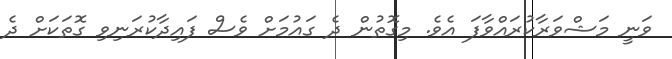
ވަނީ މަޝްވަރާކުރައްވާފަ އެވެ. މިގޮތުން ދެ ގައުމަށް ވެސް ފައިދާކުރަނިވި ގޮތަކަށް ދެ